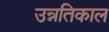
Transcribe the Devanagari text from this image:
उन्नतिकाल